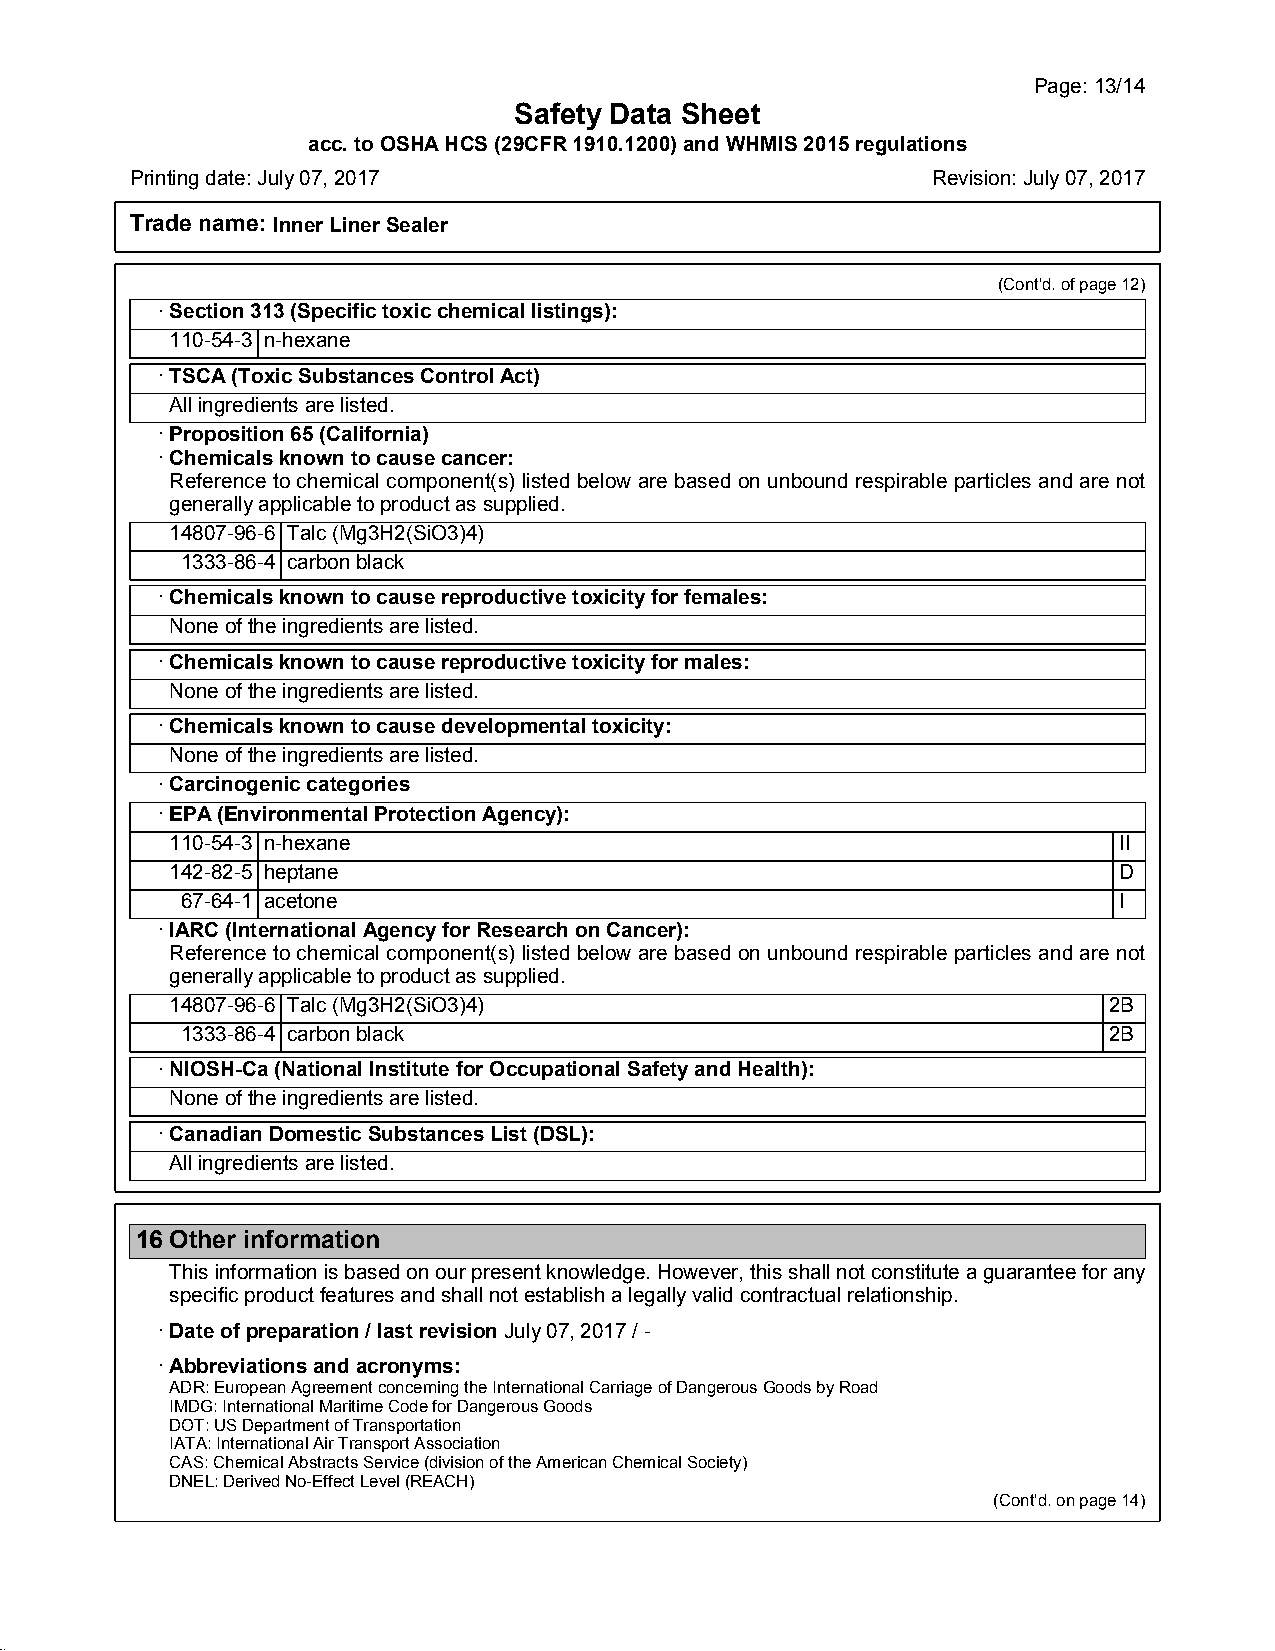
Page:13/14
 Safety Data Sheet
 acc.toOSHAHCS(29CFR1910.1200)andWHMIS2015regulations
 Printingdate:July07,2017                             Revision:July07,2017
 Trade name: InnerLinerSealer
 (Cont'd.ofpage12)
 ·Section313(Specifictoxicchemicallistings):
 110-54-3 n-hexane
 ·TSCA(ToxicSubstancesControlAct)
 Allingredientsarelisted.
 ·Proposition65(California)
 ·Chemicalsknowntocausecancer:
 Referencetochemical component(s) listedbelow arebasedonunbound respirable particles andare not
 generallyapplicabletoproductassupplied.
 14807-96-6 Talc(Mg3H2(SiO3)4)
 1333-86-4 carbonblack
 ·Chemicalsknowntocausereproductivetoxicityforfemales:
 Noneoftheingredientsarelisted.
 ·Chemicalsknowntocausereproductivetoxicityformales:
 Noneoftheingredientsarelisted.
 ·Chemicalsknowntocausedevelopmentaltoxicity:
 Noneoftheingredientsarelisted.
 ·Carcinogeniccategories
 ·EPA(EnvironmentalProtectionAgency):
 110-54-3 n-hexane                                              II
 142-82-5 heptane                                               D
 67-64-1 acetone                                               I
 ·IARC(InternationalAgencyforResearchonCancer):
 Referencetochemical component(s) listedbelow arebasedonunbound respirable particles andare not
 generallyapplicabletoproductassupplied.
 14807-96-6 Talc(Mg3H2(SiO3)4)                                 2B
 1333-86-4 carbonblack                                        2B
 ·NIOSH-Ca(NationalInstituteforOccupationalSafetyandHealth):
 Noneoftheingredientsarelisted.
 ·CanadianDomesticSubstancesList(DSL):
 Allingredientsarelisted.
 16Other information
 Thisinformationisbasedonourpresentknowledge.However,thisshallnotconstituteaguaranteeforany
 specificproductfeaturesandshallnotestablishalegallyvalidcontractualrelationship.
 ·Dateofpreparation/lastrevisionJuly07,2017/-
 ·Abbreviationsandacronyms:
 ADR:EuropeanAgreementconcerningtheInternationalCarriageofDangerousGoodsbyRoad
 IMDG:InternationalMaritimeCodeforDangerousGoods
 DOT:USDepartmentofTransportation
 IATA:InternationalAirTransportAssociation
 CAS:ChemicalAbstractsService(divisionoftheAmericanChemicalSociety)
 DNEL:DerivedNo-EffectLevel(REACH)
 (Cont'd.onpage14)
 45.1.4.1